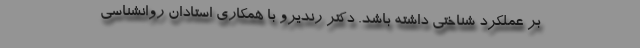
بر عملکرد شناختی داشته باشد. دکتر رندیرو با همکاری استادان روانشناسی